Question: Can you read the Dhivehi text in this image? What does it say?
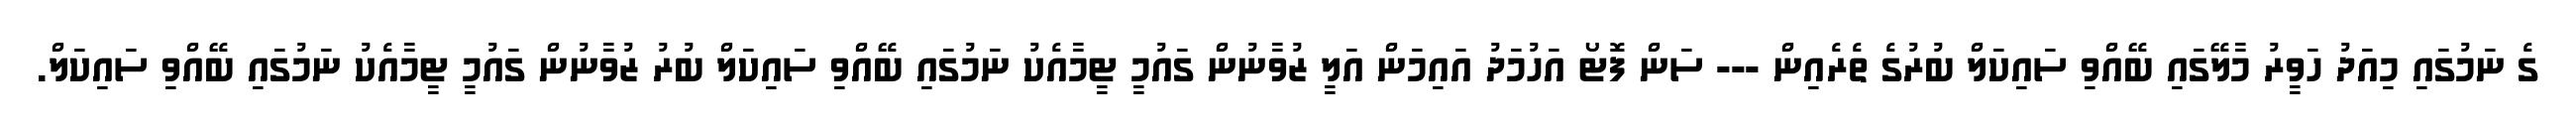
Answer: ގެ ނަމުގައި މިއަދު ހަވީރު މާލޭގައި ބޭއްވި ސައިކަލް ބުރުގެ ތެރެއިން --- ސަން ފޮޓޯ އަހުމަދު އައިމަން އަލީ ޒުވާނުން ގައުމީ ޓީމާއެކު ނަމުގައި ބޭއްވި ސައިކަލް ބުރު ޒުވާނުން ގައުމީ ޓީމާއެކު ނަމުގައި ބޭއްވި ސައިކަލް.